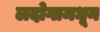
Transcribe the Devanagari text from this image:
लदोगामधून